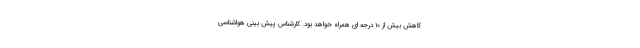
کاهش بیش از ۱۰ درجه ای همراه خواهد بود. کارشناس پیش بینی هواشناسی